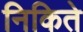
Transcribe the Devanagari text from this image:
निकिते